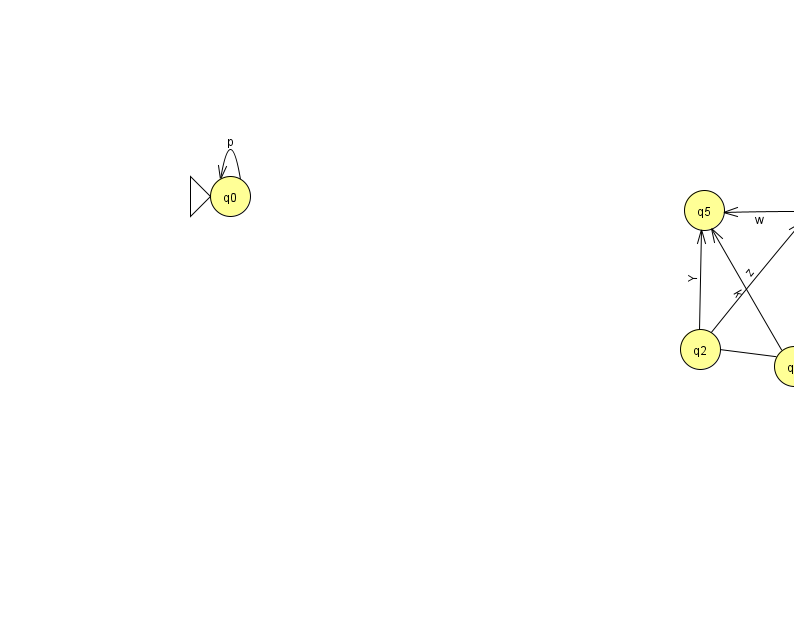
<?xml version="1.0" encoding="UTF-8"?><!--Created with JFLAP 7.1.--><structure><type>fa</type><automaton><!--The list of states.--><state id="0" name="q0"><x>230.0</x><y>183.0</y><initial/></state><state id="1" name="q1"><x>794.0</x><y>353.0</y></state><state id="2" name="q2"><x>700.0</x><y>336.0</y></state><state id="3" name="q3"><x>815.0</x><y>196.0</y></state><state id="4" name="q4"><x>852.0</x><y>50.0</y></state><state id="5" name="q5"><x>704.0</x><y>197.0</y></state><state id="6" name="q6"><x>966.0</x><y>163.0</y></state><state id="7" name="q7"><x>896.0</x><y>360.0</y><final/></state><!--The list of transitions.--><transition><from>0</from><to>0</to><read>p</read></transition><transition><from>2</from><to>5</to><read>Y</read></transition><transition><from>3</from><to>1</to><read>D</read></transition><transition><from>1</from><to>5</to><read>k</read></transition><transition><from>2</from><to>3</to><read>z</read></transition><transition><from>3</from><to>7</to><read>f</read></transition><transition><from>2</from><to>7</to><read>W</read></transition><transition><from>1</from><to>7</to><read>g</read></transition><transition><from>3</from><to>4</to><read>M</read></transition><transition><from>3</from><to>6</to><read>r</read></transition><transition><from>3</from><to>5</to><read>w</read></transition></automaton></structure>